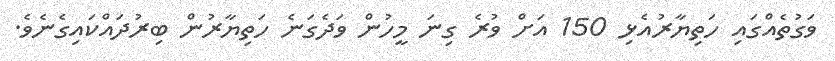
ވަގުތެއްގައި ހަތިޔާރުއެޅި 150 އަށް ވުރެ ގިނަ މީހުން ވަދެގަނެ ހަތިޔާރުން ބިރުދައްކައިގެނެވެ.